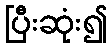
ပြီးဆုံး၍